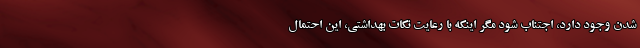
شدن وجود دارد، اجتناب شود مگر اینکه با رعایت نکات بهداشتی، این احتمال